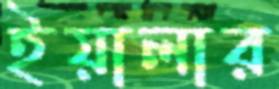
ইয়ালার